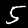
Digit: 5